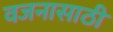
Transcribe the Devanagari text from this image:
वजनासाठी